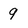
Character: 9